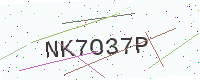
Text: NK7O37P